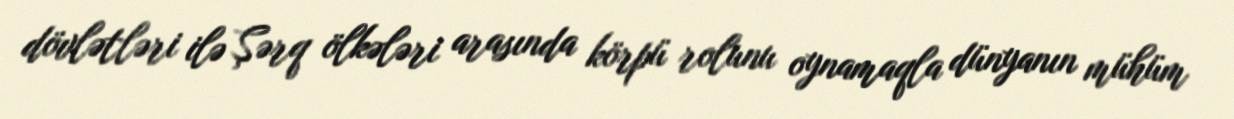
dövlətləri ilə Şərq ölkələri arasında körpü rolunu oynamaqla dünyanın mühüm